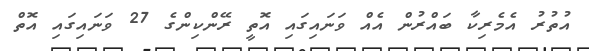
އުތުރު އެމެރިކާ ބައްރުން އެއް ވަނައިގައި އޮތީ ރޭންކިންގެ 27 ވަނައިގައި އޮތް